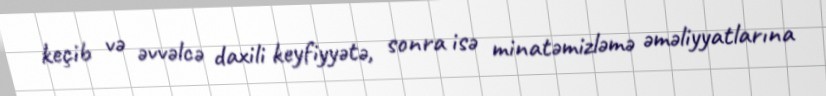
keçib və əvvəlcə daxili keyfiyyətə, sonra isə minatəmizləmə əməliyyatlarına